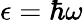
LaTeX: \epsilon=\hbar\omega